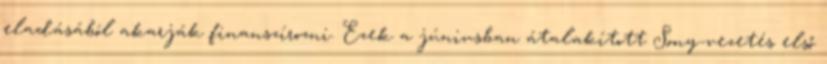
eladásából akarják finanszírozni. Ezek a júniusban átalakított Sony-vezetés első